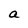
Character: a